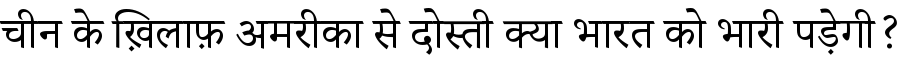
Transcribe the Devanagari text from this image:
चीन के ख़िलाफ़ अमरीका से दोस्ती क्या भारत को भारी पड़ेगी?